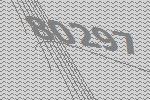
80297